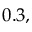
0 . 3 ,